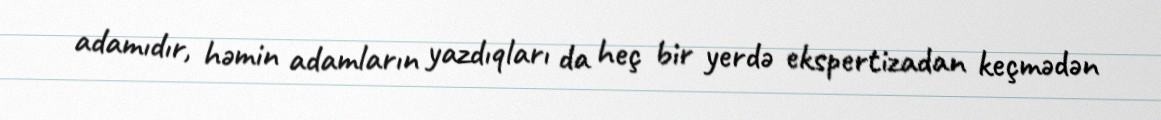
adamıdır, həmin adamların yazdıqları da heç bir yerdə ekspertizadan keçmədən